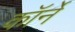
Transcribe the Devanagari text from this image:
कॉर्ने